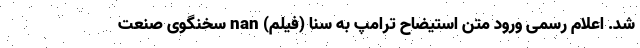
شد. اعلام رسمی ورود متن استیضاح ترامپ به سنا (فیلم) nan سخنگوی صنعت